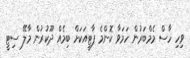
ވިހި ހާސް މެމްބަރުން ހަމަވާ ކޮންމެ ޕާޓީއަކަށް ބިމެއް ދޫކުރުން މާލޭ ސިޓީ